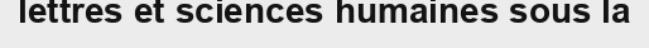
lettres et sciences humaines sous la